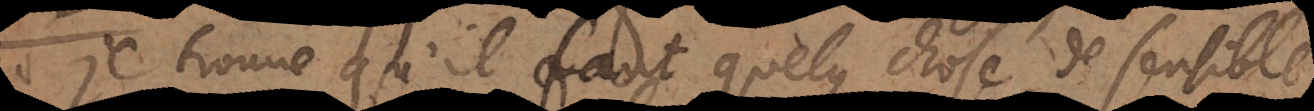
je trouve qu’il faut quelque chose de sensible